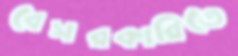
বেসরকারিতে